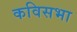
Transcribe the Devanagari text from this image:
कविसभा